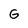
Character: G